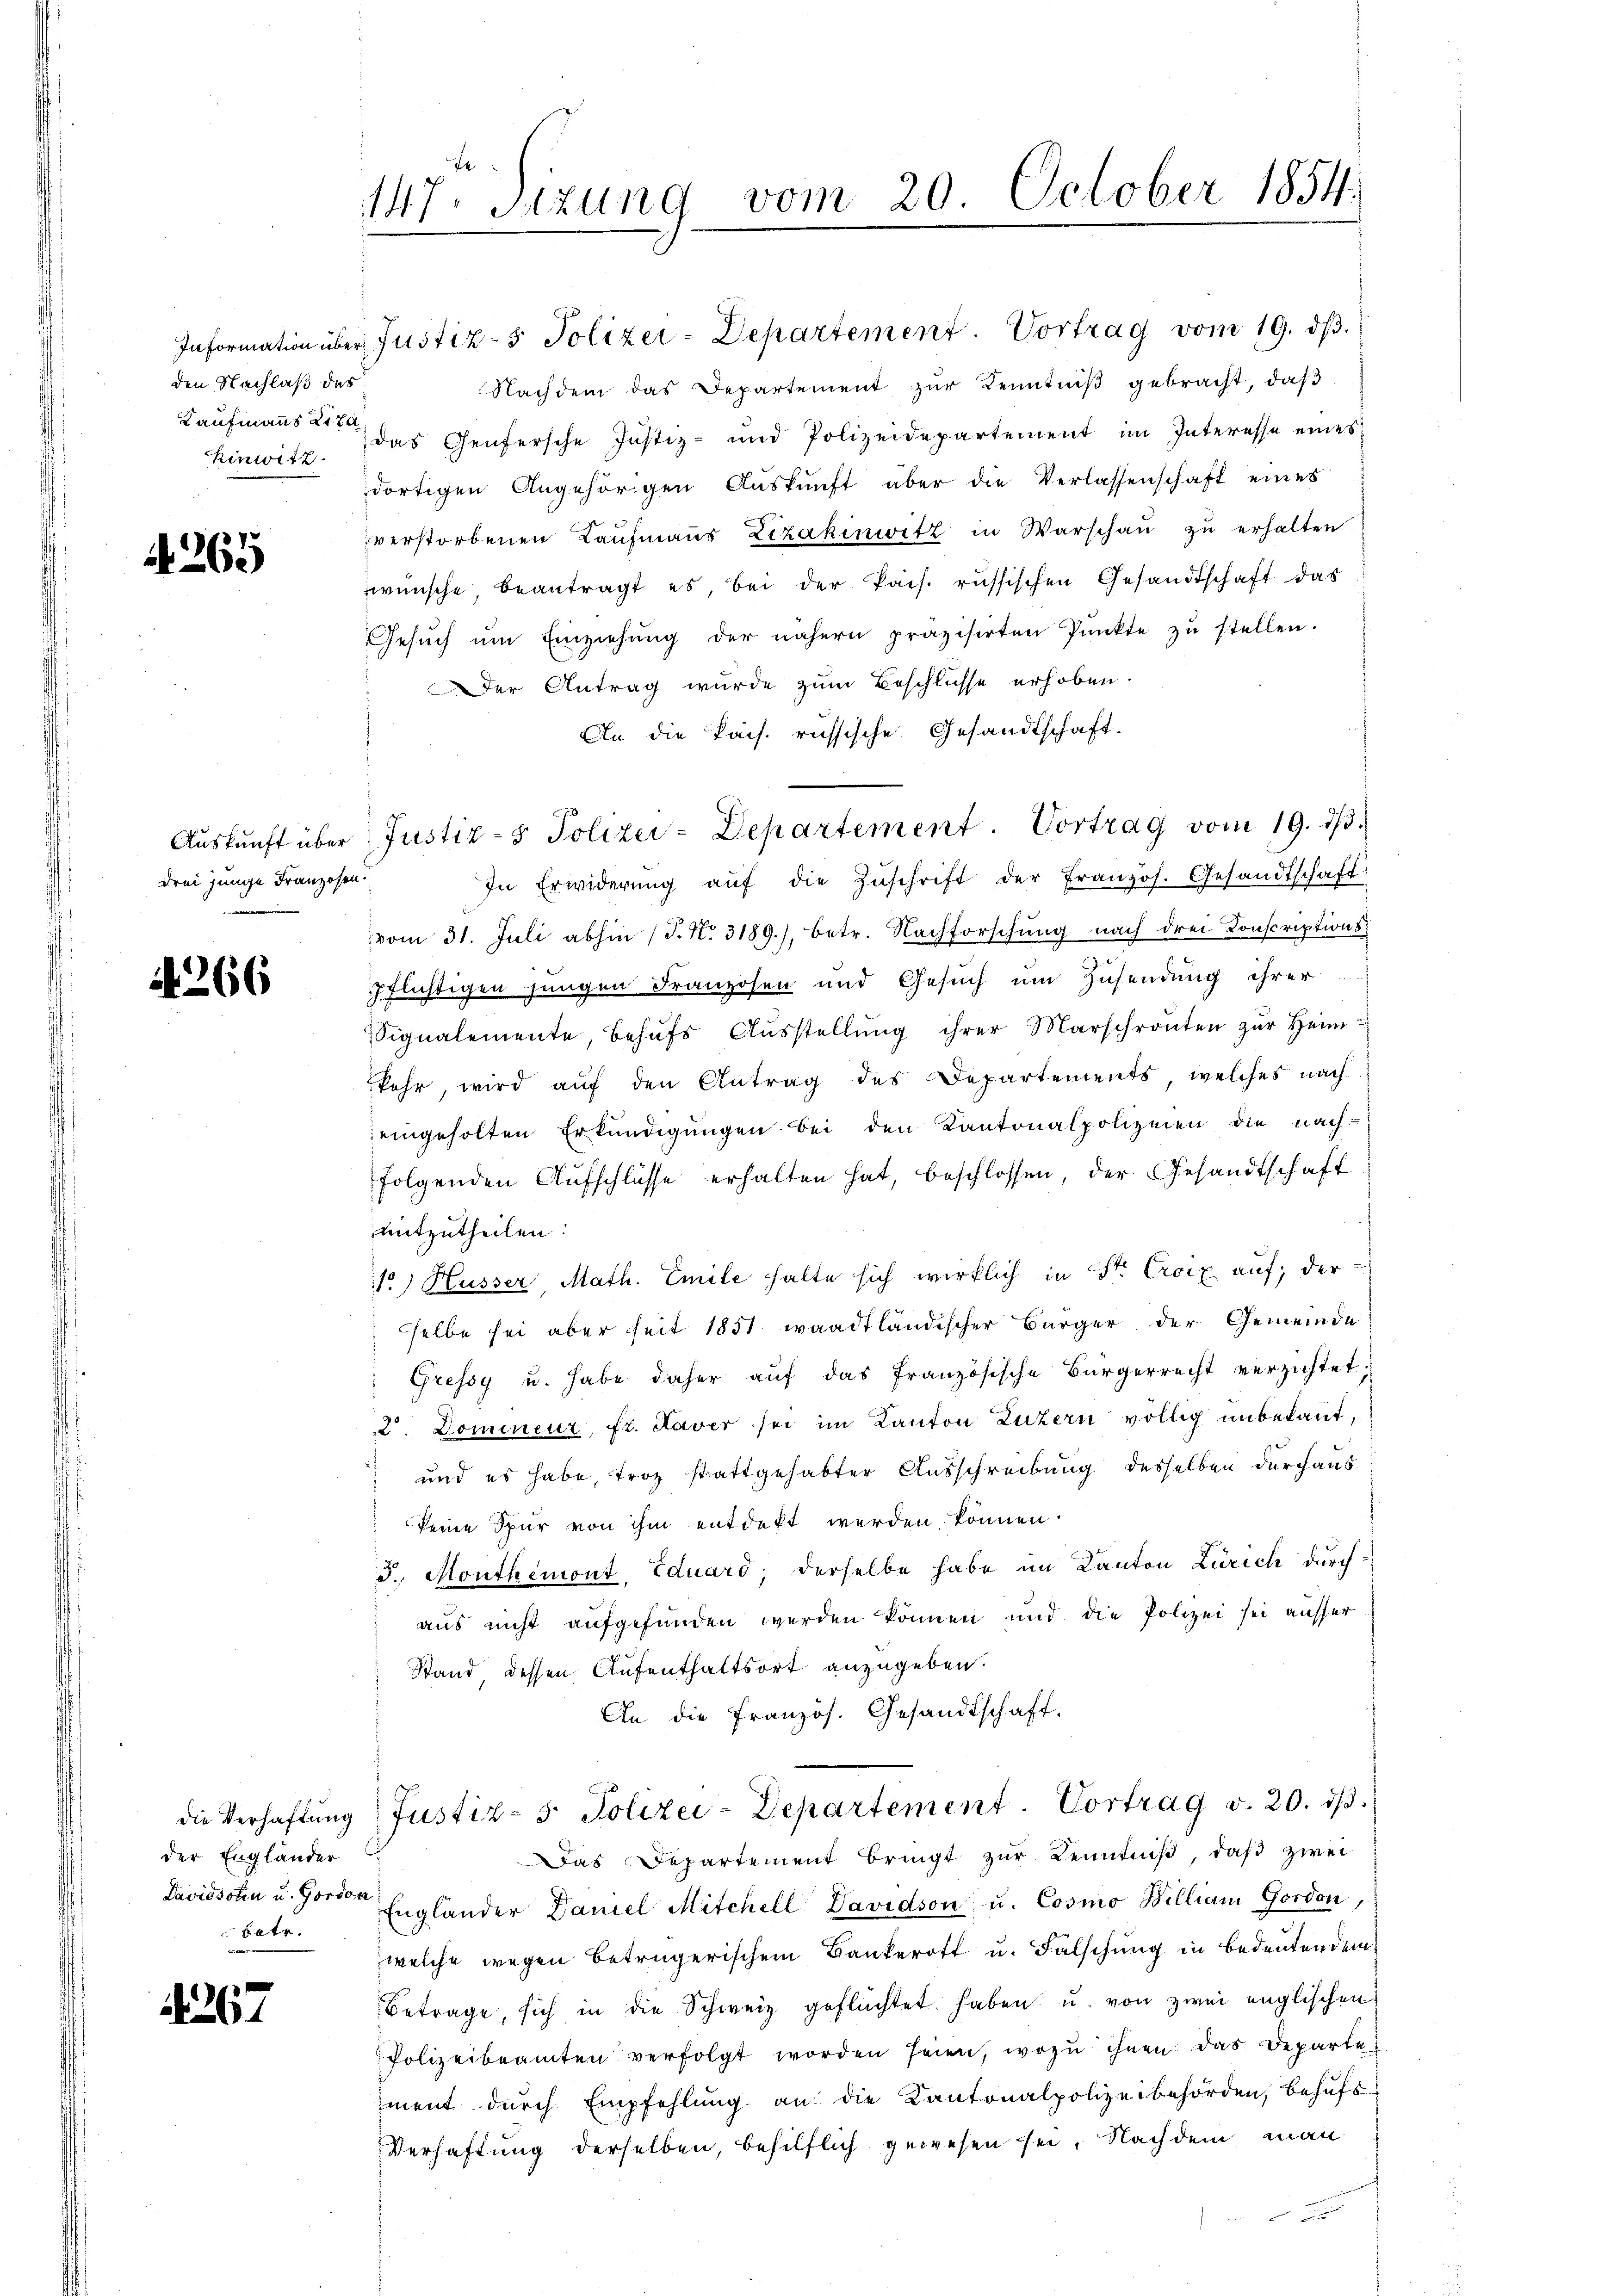
den Nachlaß des
hinwitz.

A. 265

drei Junge Franzosen.

266

der Engländer
bate.

4267

147. Sizung vom 20. October 1854.

Information über Justiz- & Polizei-Departement. Vortrag vom 19. dβ.
Nachdem das Departement zŭr Kenntniβ gebracht, daβ
Kaufmannst das Genfersche Justiz- und Polizeidepartement im Interesse eines
dortigen Angehörigen Aŭskŭnft aber die Verlassenschaft eines
verstorbenen Kaŭfmaṅs Lizakinwitz in Warschaŭ zŭ erhalten.
wünsche beantragt es, bei der Pais. russischen Gesandtschaft das
Gesŭch ŭm Einziehŭng der nähern präzisirten Pŭnkte zŭ stellen.
Der Antrag wurde zum Beschlüsse erhoben.
An die Pais. russische Gesandtschaft.
In Erwiderŭng aŭf die Zŭschrift der Französ. Gesandtschaft:
vom 31. Juli abhin (T. No. 3189), betr. Nachforschung nach drei Conscriptionspflichtigen jungen Franzosen und Gesuch um Zusendung ihrer
Signalemente, behŭfs Aŭsstellŭng ihrer Marschronten zŭr Heim
kehr, wird auf den Antrag des Departements, welches nach
eingeholten Erkundigungen bei den Kantonalpolizeien die nach-
folgenden Aŭfschlüsse erhalten hat, beschlossen, der Gesandtschaft
mitzutheilen:
/ Husser Math. Emile halte sich wirklich in St. Croix auf, der
selbe sei aber seit 1851 waadtländischer Bürger der Gemeinde
"Gressy u. habe daher aŭf das französische Bürgerrecht verzichtet;
12. Domineur, fr. Laver sei im Kanton Luzern völlig unbekannt,
und es habe, troz stattgehabter Ausschreibung desselben durchaus
keine Spur von ihm entdekt werden können.
J. Monthemont, Eduard, derselbe habe im Kanton Zürich durch
aus nicht aufgefunden werden können und die Polizei sei ausser
Stand dessen Aufenthaltsort anzugeben.
An die französ. Gesandtschaft.
die Verhaftŭng Justiz- & Polizei-Departement. Vortrag v. 20. dβ.
Das Departement bringt zur Kenntniß, daß zwei
Davidsolen u. Forden Engländer Daniel Mitchell Davidson u. Cosmo William Gordon,
welche wegen betrügerischem Bankerott u. Falschung in bedeutendem
Betrage, sich in die Schweiz geflüchtet haben, u. von zwei englischen
Polizeibeamten verfolgt worden seien, wozu ihnen das Departe
ment durch Empfehlung an die Kantonalpolizeibehörden, Behufs
Verhaftung derselben, behilflich gewesen sei. Nachdem man

Aŭskŭnft über Justiz- & Polizei-Departement. Vortrag vom 19. dβ.